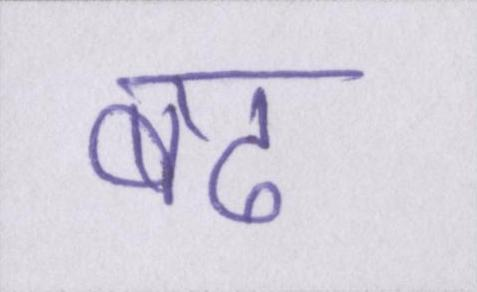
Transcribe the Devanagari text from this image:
बढ